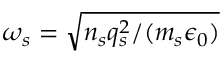
\omega _ { s } = \sqrt { n _ { s } q _ { s } ^ { 2 } / ( m _ { s } \epsilon _ { 0 } ) }